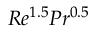
R e ^ { 1 . 5 } P r ^ { 0 . 5 }